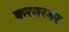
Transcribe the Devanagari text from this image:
करमरमर